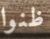
ظنوا